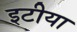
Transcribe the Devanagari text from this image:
इटीया